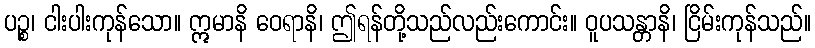
ပဉ္စ၊ ငါးပါးကုန်သော။ ဣမာနိ ဝေရာနိ၊ ဤရန်တို့သည်လည်းကောင်း။ ဝူပသန္တာနိ၊ ငြိမ်းကုန်သည်။